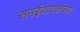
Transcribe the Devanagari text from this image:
सनईवादकांच्या